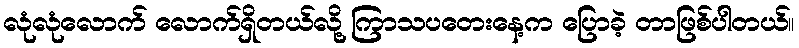
လုံလုံလောက် လောက်ရှိတယ်လို့ ကြာသပတေးနေ့က ပြောခဲ့ တာဖြစ်ပါတယ်။